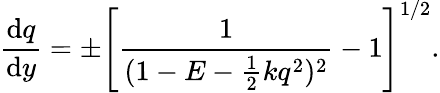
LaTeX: \frac{\mathrm{d}q}{\mathrm{d}y}=\pm\left[\frac{1}{(1-E-\frac{1}{2}kq^{2})^{2}}-1\right]^{1/2}.